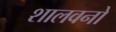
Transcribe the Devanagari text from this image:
शालवनो